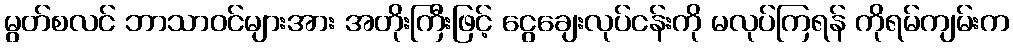
မွတ်စလင် ဘာသာဝင်များအား အတိုးကြီးဖြင့် ငွေချေးလုပ်ငန်းကို မလုပ်ကြရန် ကိုရမ်ကျမ်းက